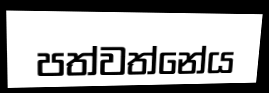
පත්වත්නේය